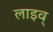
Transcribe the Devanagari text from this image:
लाइव्